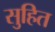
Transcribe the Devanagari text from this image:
सुहित